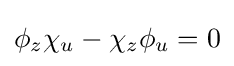
\phi _{z}\chi _{u}-\chi _{z}\phi _{u}=0